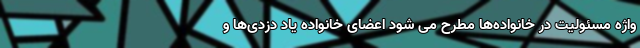
واژه مسئولیت در خانواده‌ها مطرح می شود اعضای خانواده یاد دزدی‌ها و